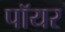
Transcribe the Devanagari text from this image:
पॉयर